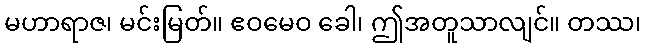
မဟာရာဇ၊ မင်းမြတ်။ ဧဝမေဝ ခေါ၊ ဤအတူသာလျင်။ တဿ၊